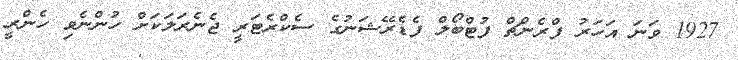
1927 ވަނަ އަހަރު ފްރެންޗް ފުޓްބޯލް ފެޑެރޭޝަނުގެ ސެކްރެޓަރީ ޖެނެރަލަކަށް ހުންނެވި ހެންރީ